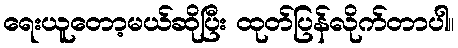
ရေးယူတော့မယ်ဆိုပြီး ထုတ်ပြန်လိုက်တာပါ။